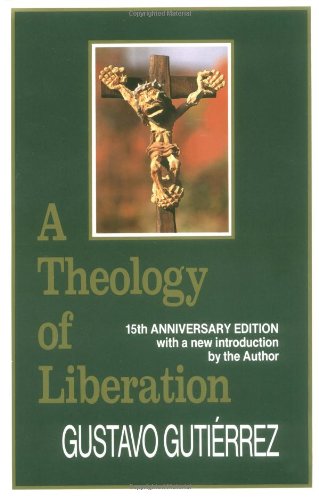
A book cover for A Theology of Liberation: History, Politics, and Salvation (15th Anniversary Edition with New Introduction by Author); Gustavo Gutierrez; Christian Books & Bibles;